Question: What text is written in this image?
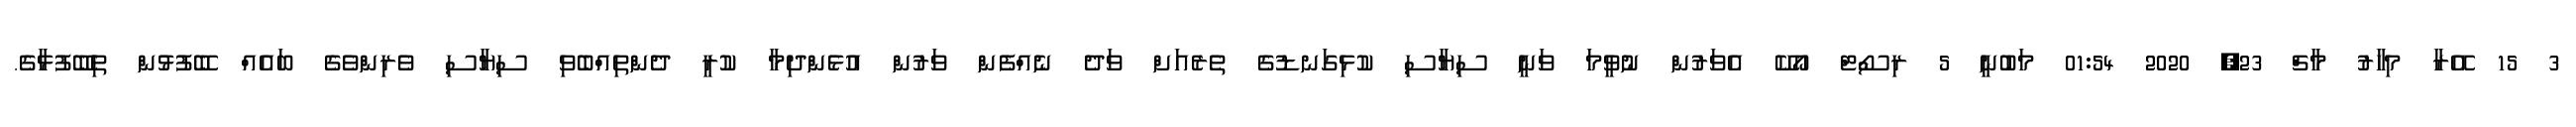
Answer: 3 15 އޭރާ މިހާރު މާޗް 23, 2020 01:54 މަބުނީ 5 ރިސޯޓް އޯކޭ އެވަރުން ނުވީމަ ވަނީ ސިޔާސި ކުޅިގަނޑުގެ ތެރެއަށް ވަދެ ނެއްފެން ވަރުން އުޅެންދިމާ ކުރީ ދެންތިއްބެވި ސިޔާސި ވެރިންވެގެ ބައެއް ބޭފުޅުން ތިބޭފުޅާގެ.